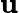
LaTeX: \boldsymbol{\mathbf{u}}